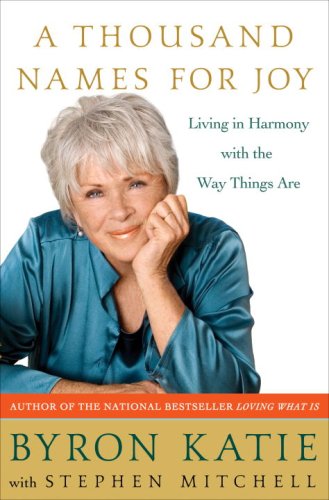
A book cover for A Thousand Names for Joy: Living in Harmony with the Way Things Are; Byron Katie; Religion & Spirituality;